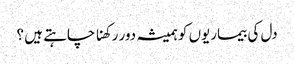
دل کی بیماریوں کو ہمیشہ دور رکھنا چاہتے ہیں ؟